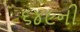
૬૪૯ની